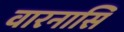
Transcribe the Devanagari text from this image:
वारनासि